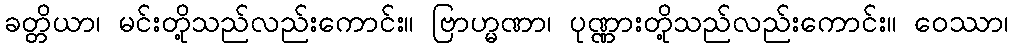
ခတ္တိယာ၊ မင်းတို့သည်လည်းကောင်း။ ဗြာဟ္မဏာ၊ ပုဏ္ဏားတို့သည်လည်းကောင်း။ ဝေဿာ၊